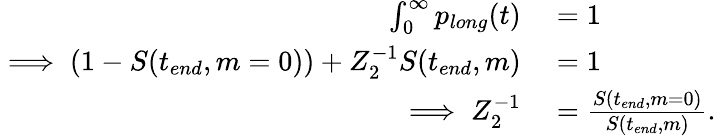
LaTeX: \begin{array}{rl}{\int_{0}^{\infty}p_{long}(t)}&{{}=1}\\ {\implies(1-S(t_{end},m=0))+Z_{2}^{-1}S(t_{end},m)}&{{}=1}\\ {\implies Z_{2}^{-1}}&{{}=\frac{S(t_{end},m=0)}{S(t_{end},m)}.}\end{array}